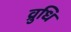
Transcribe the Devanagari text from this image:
व्रुधि